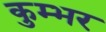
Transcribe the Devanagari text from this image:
कुम्भर